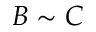
B \sim C